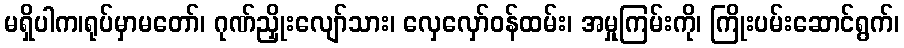
မရှိပါက၊ရုပ်မှာမတော်၊ ဂုဏ်ညှိုးလျော်သား၊ လှေလှော်ဝန်ထမ်း၊ အမှုကြမ်းကို၊ ကြိုးပမ်းဆောင်ရွက်၊